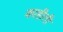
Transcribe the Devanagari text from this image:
काहीती